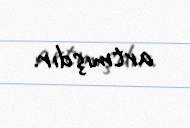
artmışdır.